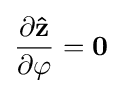
{\frac {\partial \mathbf {\hat {z}} }{\partial \varphi }}=\mathbf {0}